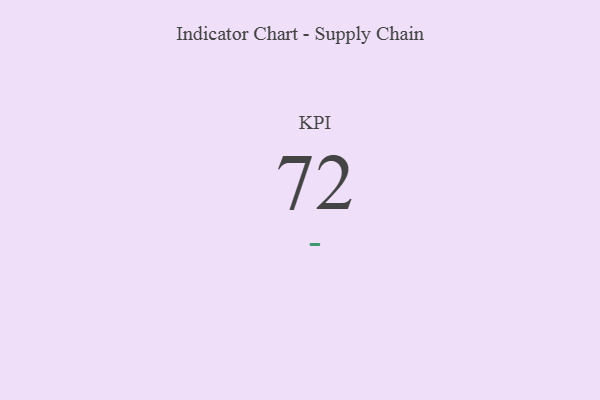
{"axis": {"x": "KPI", "y": "Value"}, "legend": [""], "data": [{"x": "KPI", "y": 72, "type": ""}]}